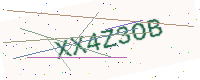
Text: XX4Z3OB